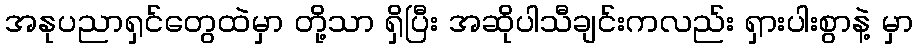
အနုပညာရှင်တွေထဲမှာ တို့သာ ရှိပြီး အဆိုပါသီချင်းကလည်း ရှားပါးစွာနဲ့ မှာ